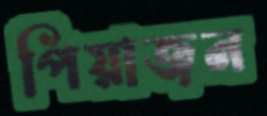
পিয়াজন